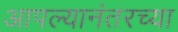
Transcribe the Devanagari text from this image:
आपल्यानंतरच्या